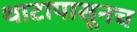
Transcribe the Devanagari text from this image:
थाटापासूनच